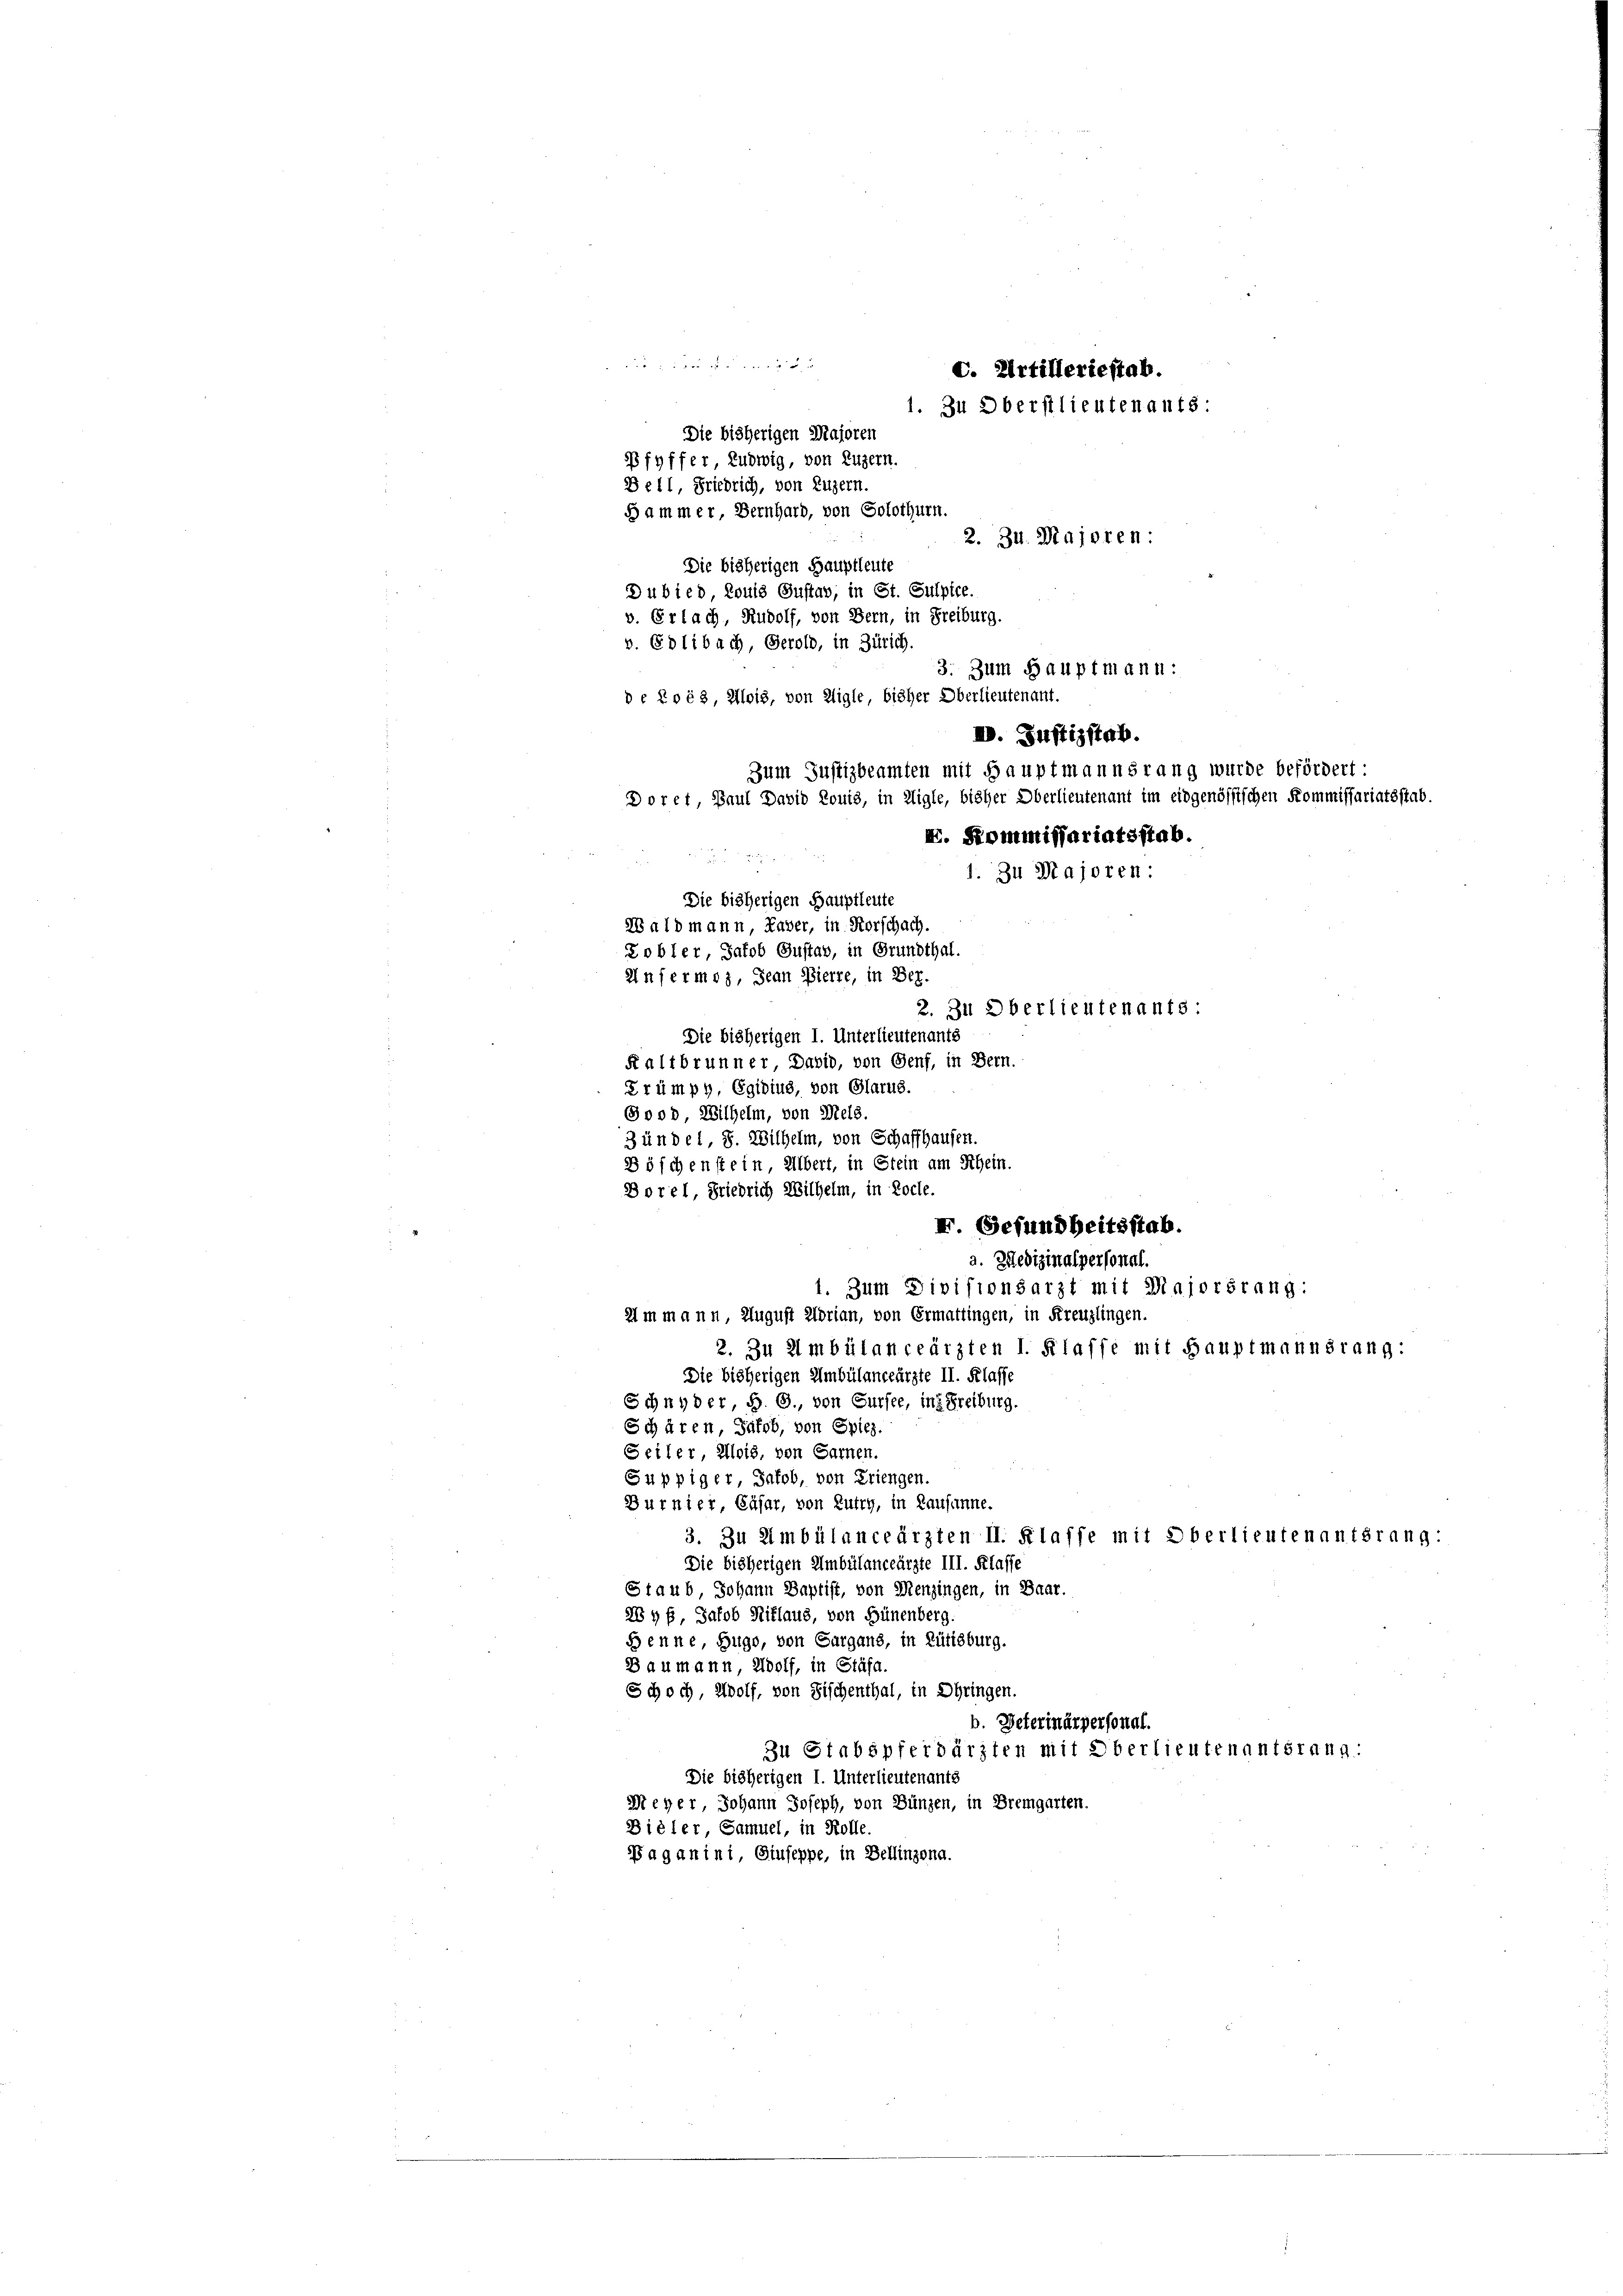
f
C. Artilleriestab.
1. Zu Oberstlieutenants:
Doret, Paul David Louis, in Aigle, bisher Oberlieutenant im eidgenössischen Kommissariatsstab.
X. Kommissariatsstab.
1. Zu Majoren:
Die bisherigen Hauptleute
Wald mann, Kaver, in Vorschach.
Kobler, Jakob Gustav, in Grundthal.
Unfermo, Jean Pierre, in Ber.
2. Zu Oberlieutenants
Die bisherigen I. Unterlieutenants
Faltbrunner, Dabio, von Genf, in Bern.
Trümpy, Egidius, von Glarus.

Die bisherigen Majoren
Pfyffer, Ludwig, von Luzern.
Bell, Friedrich, von Luzern.
Hammer, Bernhard, von Solothurn.
Die bisherigen Hauptleute
Dubied, Louis Gustav, in St. Sulpice.
v. Erlach, Rudolf, von Bern, in Freiburg.

v. Edlibach, Gerold, in Zürich.

2. 34. Majoren:
3. Zum Hauptmann:
de No 68, Mois, von Aigle, bisher Oberlieutenant.
I. Justizstab.
Zum Justizbeamten mit Hauptmannsrang wurde befördert:

Good, Wilhelm, von Mels.
3ündel, 8. Wilhelm, von Schaffhausen.
Böschenstein, Albert, in Stein am Schein.
Dorel, Friedrich Wilhelm, in Roche.
a. Medizinalpersonal.
1. Zum Divisionsarzt mit Majorirung:
Ammann, August Horian, von Ermattingen, in Kreuzlingen.
2. Zu Ambülanceärzten I. Klaffe mit Hauptmannsrang:
Die bisherigen Umbülanceärzte II. Klasse
Schnyder, S. G., von Sursee, ins Freiburg.
Schären, Jakob, von Spiez.
Seiler, Alois, von Garnen.
Süppiger, Jakob, von Friengen.
Durnier, Cäsar, von Lutry, in Lausanne.
3. Zu Ambülanceärzten II. Klaffe mit Oberlieutenantsrang:
Die bisherigen Umbülanceärzte III. Klasse
Staub, Johann Baptist, von Menzingen, in Baar.
284 f, Jakob Niklaus, von Hünenberg.
Benne, Zuge, von Sargaus, in Rütisburg.
Baumann, Wolf, in Stäfa.
Schoch, Wolf, von Fischenthal, in Ohringen.
b. Peterinärpersonal.
Zu Stabspferdärzten mit Oberlieutenantsrang.
Die bisherigen I. Unterlieutenants
Meyer, Johann Joseph, von Bünzen, in Bremgarten.
Bieler, Samuel, in Rolle.
aganini, Giuseppe, in Dellinzona.

X. (Gefundheitsstab.